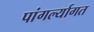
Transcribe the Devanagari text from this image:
पांगर्ल्यागत